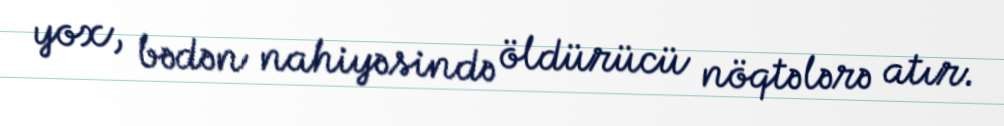
yox, bədən nahiyəsində öldürücü nöqtələrə atır.